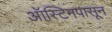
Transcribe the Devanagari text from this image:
ऑस्टिनपासून